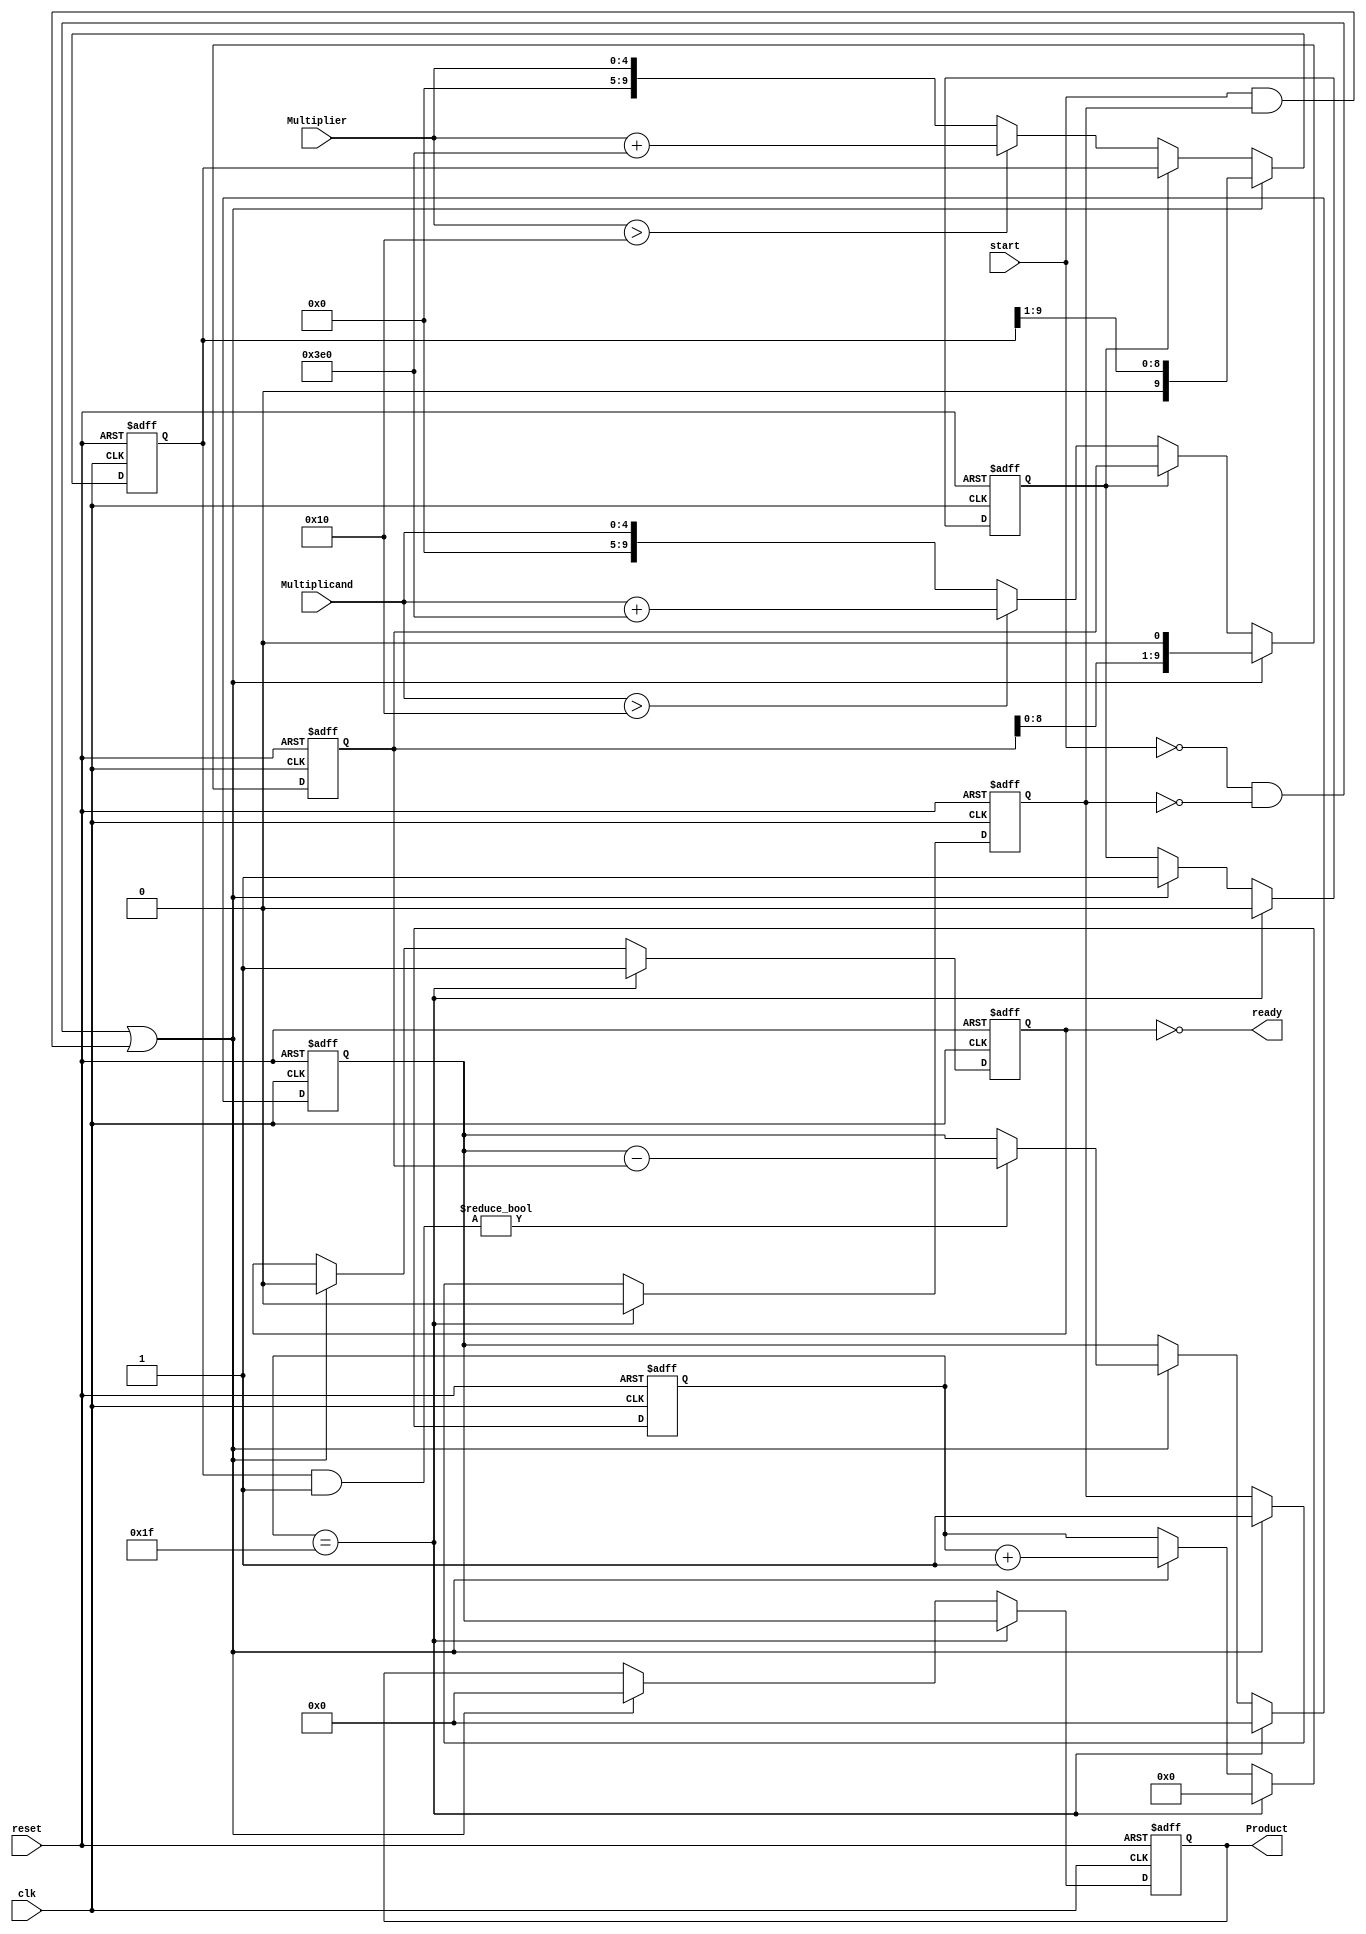
/**************************************************************************************
*	Description
*		This is a secuential multiplier
*		1.0
*	Author:
*		Ing. Flix Godoy Martnez
*	Date:
*		10/03/21
***************************************************************************************/

module Sequential_Multiplier 
#(
	parameter WORD_LENGTH = 5
)
(
    input clk,
    input reset,
    input start,
    input [WORD_LENGTH-1 : 0] Multiplicand,
    input [WORD_LENGTH-1 : 0] Multiplier,

    output ready,
    output [2*WORD_LENGTH-1 : 0] Product
);
localparam max_cicles = {WORD_LENGTH{1'b1}};
localparam [WORD_LENGTH-1 : 0]negative_line = {WORD_LENGTH{1'b1}} - {WORD_LENGTH-1{1'b1}};
localparam [2*WORD_LENGTH-1 : 0] fill_negative = {2*WORD_LENGTH{1'b1}} - {WORD_LENGTH{1'b1}};
	 
reg flag;
reg [WORD_LENGTH:0]cicles;
 

reg [2*WORD_LENGTH-1 : 0] Multiplier_reg;
reg [2*WORD_LENGTH-1 : 0] Multiplicand_reg;

reg ready_reg;

reg [2*WORD_LENGTH-1 : 0]Product_reg;
reg [2*WORD_LENGTH-1 : 0]Product__temp_reg;

reg values_assigned_reg;



always @(posedge clk or negedge reset) 
begin
	
	if(reset == 1'b0)
	begin 
		//flow control
		flag <= 1'b0;
		cicles <= 1'b0;
		values_assigned_reg <= 0;
		//assign values 0
		Multiplicand_reg <= 0;
		Multiplier_reg <= 0;	
		Product__temp_reg <= 0;
		
		//output control
		ready_reg <= 1'b0;
		Product_reg <= 1'b0;	
	end
	else
	begin
		//assign values to work
		if(values_assigned_reg == 1'b0)
		begin
			if(Multiplicand > negative_line)
				Multiplicand_reg <= Multiplicand + fill_negative;
			else
				Multiplicand_reg <= Multiplicand;
				
			if(Multiplier > negative_line)
				Multiplier_reg <= Multiplier + fill_negative;
			else
				Multiplier_reg <= Multiplier;
		end
		// Begin the work cicle 
		if((start == 1'b0 && flag == 1'b0) || (start == 1'b1 && flag == 1'b1))
		begin
			//flow control
			values_assigned_reg = 1'b1;
			flag <= 1'b1;
			cicles <= cicles + 1'b1;
			//output control
			ready_reg <= 1'b0;
			Product_reg <= 1'b0;	
			//operatition
			if(Multiplier_reg & ({2*WORD_LENGTH{1'b0}} + 1'b1) )
			begin
				Product__temp_reg <= Product__temp_reg - (Multiplicand_reg);
			end
			Multiplicand_reg <= Multiplicand_reg << 1;
			Multiplier_reg <= Multiplier_reg >> 1;
		end
		

		if(cicles == max_cicles)
		begin
		  //flow control
		  flag <= 1'b0;
		  cicles <= 1'b0;
		  //output control
		  ready_reg <= 1'b1;
		  Product_reg <= Product__temp_reg;
		  //cleanig product
		  Product__temp_reg <= 1'b0;
		  values_assigned_reg = 1'b0;
		end

	end

end

assign Product = Product_reg;
assign ready = ~ready_reg; 

endmodule